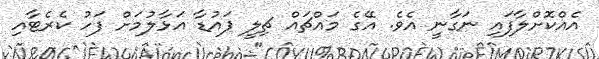
އެއްކޮށްލާފައި ނަގާނީ އެވެ. އޭގެ މައްޗައް ޗިލީ ޕައުޑާ އަޅާލުމަށް ފަހު ކެރެޓާއި